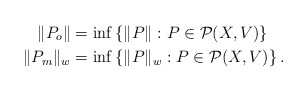
\begin{align*}\|P_o\|&=\inf\left\{\|P\|:P \in \mathcal{P}(X,V)\right\}\\\|P_m\|_w&=\inf\left\{\|P\|_w:P \in \mathcal{P}(X,V)\right\}.\end{align*}